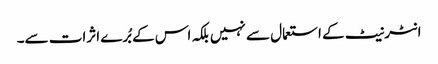
انٹرنیٹ کے استعمال سے نہیں بلکہ اس کے بُرے اثرات سے۔